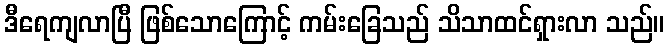
ဒီရေကျလာပြီ ဖြစ်သောကြောင့် ကမ်းခြေသည် သိသာထင်ရှားလာ သည်။